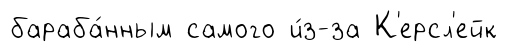
бараба́нным самого и́з-за К'ерсл'ейк